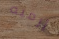
أرميه